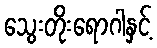
သွေးတိုးရောဂါနှင့်